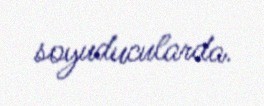
soyuducularda.